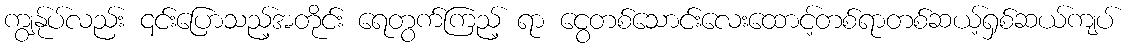
ကျွန်ုပ်လည်း ၎င်းပြောသည့်အတိုင်း ရေတွက်ကြည့် ရာ ငွေတစ်သောင်းလေးထောင့်တစ်ရာတစ်ဆယ့်ရှစ်ဆယ်ကျပ်